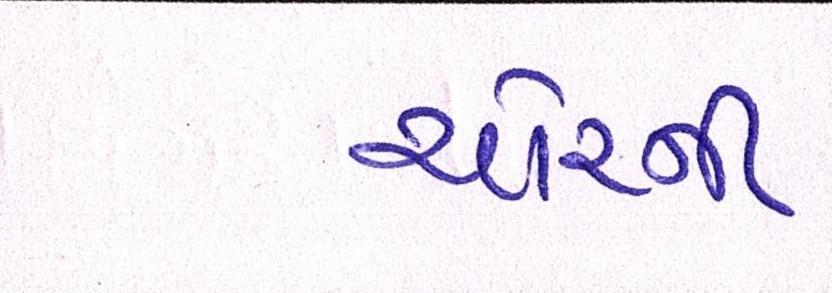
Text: ચોરની